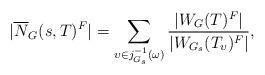
LaTeX: \begin{align*} |\overline{N}_G(s, T)^F| = \sum_{ \upsilon \in j_{G_s}^{-1}(\omega) } \frac{|W_G(T)^F|}{|W_{G_s}(T_\upsilon)^F|},\end{align*}